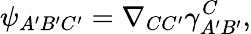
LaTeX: \psi_{A^{\prime}B^{\prime}C^{\prime}}=\nabla_{CC^{\prime}}\gamma_{A^{\prime}B^{\prime}}^{C},